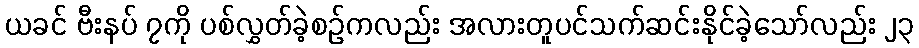
ယခင် ဗီးနပ် ၇ကို ပစ်လွှတ်ခဲ့စဉ်ကလည်း အလားတူပင်သက်ဆင်းနိုင်ခဲ့သော်လည်း ၂၃